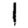
Digit: 1